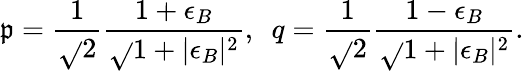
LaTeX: \mathfrak{p}={\frac{{1}}{{\sqrt{}{{2}}}}}{\frac{{1+\epsilon_{B}}}{{\sqrt{}{{1+|\epsilon_{B}|^{2}}}}}},~~q={\frac{{1}}{{\sqrt{}{{2}}}}}{\frac{{1-\epsilon_{B}}}{{\sqrt{}{{1+|\epsilon_{B}|^{2}}}}}}.